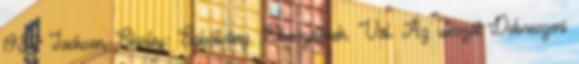
1982 Jackson, Shirley: Sóbálvány. Elbeszélések. Vál. Az utószót Debreczeni